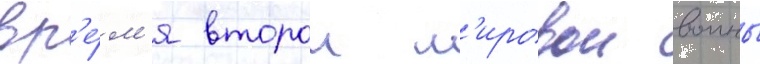
вр'е́м'я второи м'ировои воины